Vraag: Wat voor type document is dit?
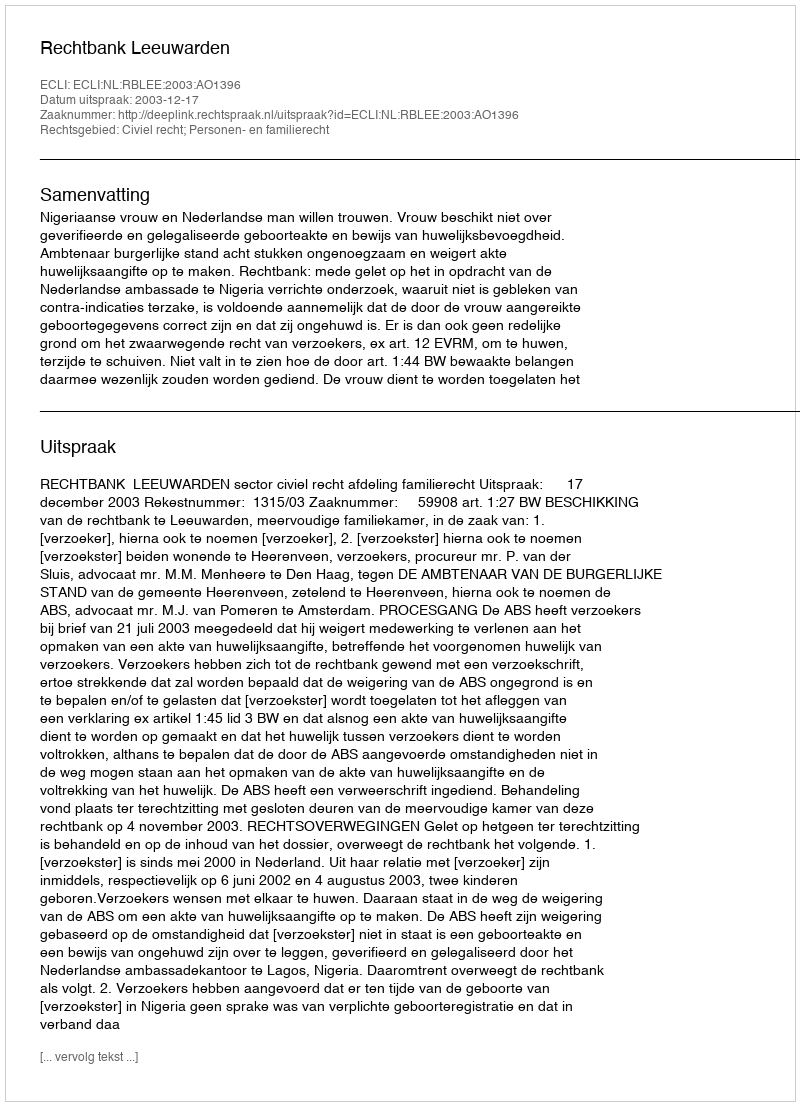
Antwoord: Uitspraak